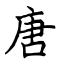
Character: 唐